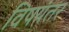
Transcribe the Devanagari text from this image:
विषयंतर